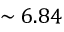
\sim 6 . 8 4